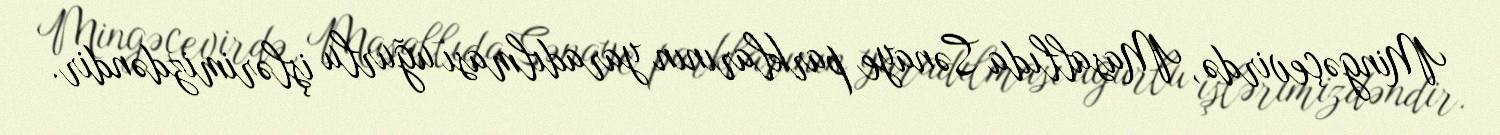
Mingəçevirdə, Masallıda Sənaye parklarının yaradılması uğurlu işlərimizdəndir.